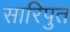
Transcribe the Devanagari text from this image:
सारिपुत